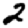
Digit: 2